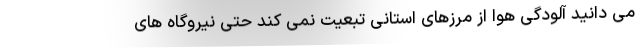
می دانید آلودگی هوا از مرزهای استانی تبعیت نمی کند حتی نیروگاه های